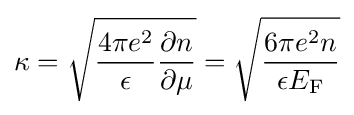
\kappa ={\sqrt {{\frac {4\pi e^{2}}{\epsilon }}{\frac {\partial n}{\partial \mu }}}}={\sqrt {\frac {6\pi e^{2}n}{\epsilon E_{\rm {F}}}}}